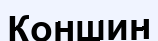
Коншин